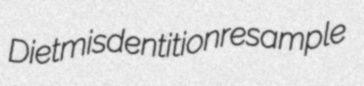
Diet misdentition resample